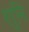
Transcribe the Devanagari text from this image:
शुनि